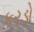
કરડો